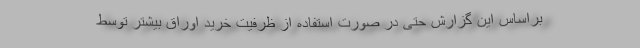
براساس این گزارش حتی در صورت استفاده از ظرفیت خرید اوراق بیشتر توسط